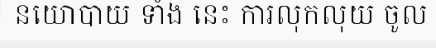
នយោបាយ ទាំង នេះ ការលុកលុយ ចូល